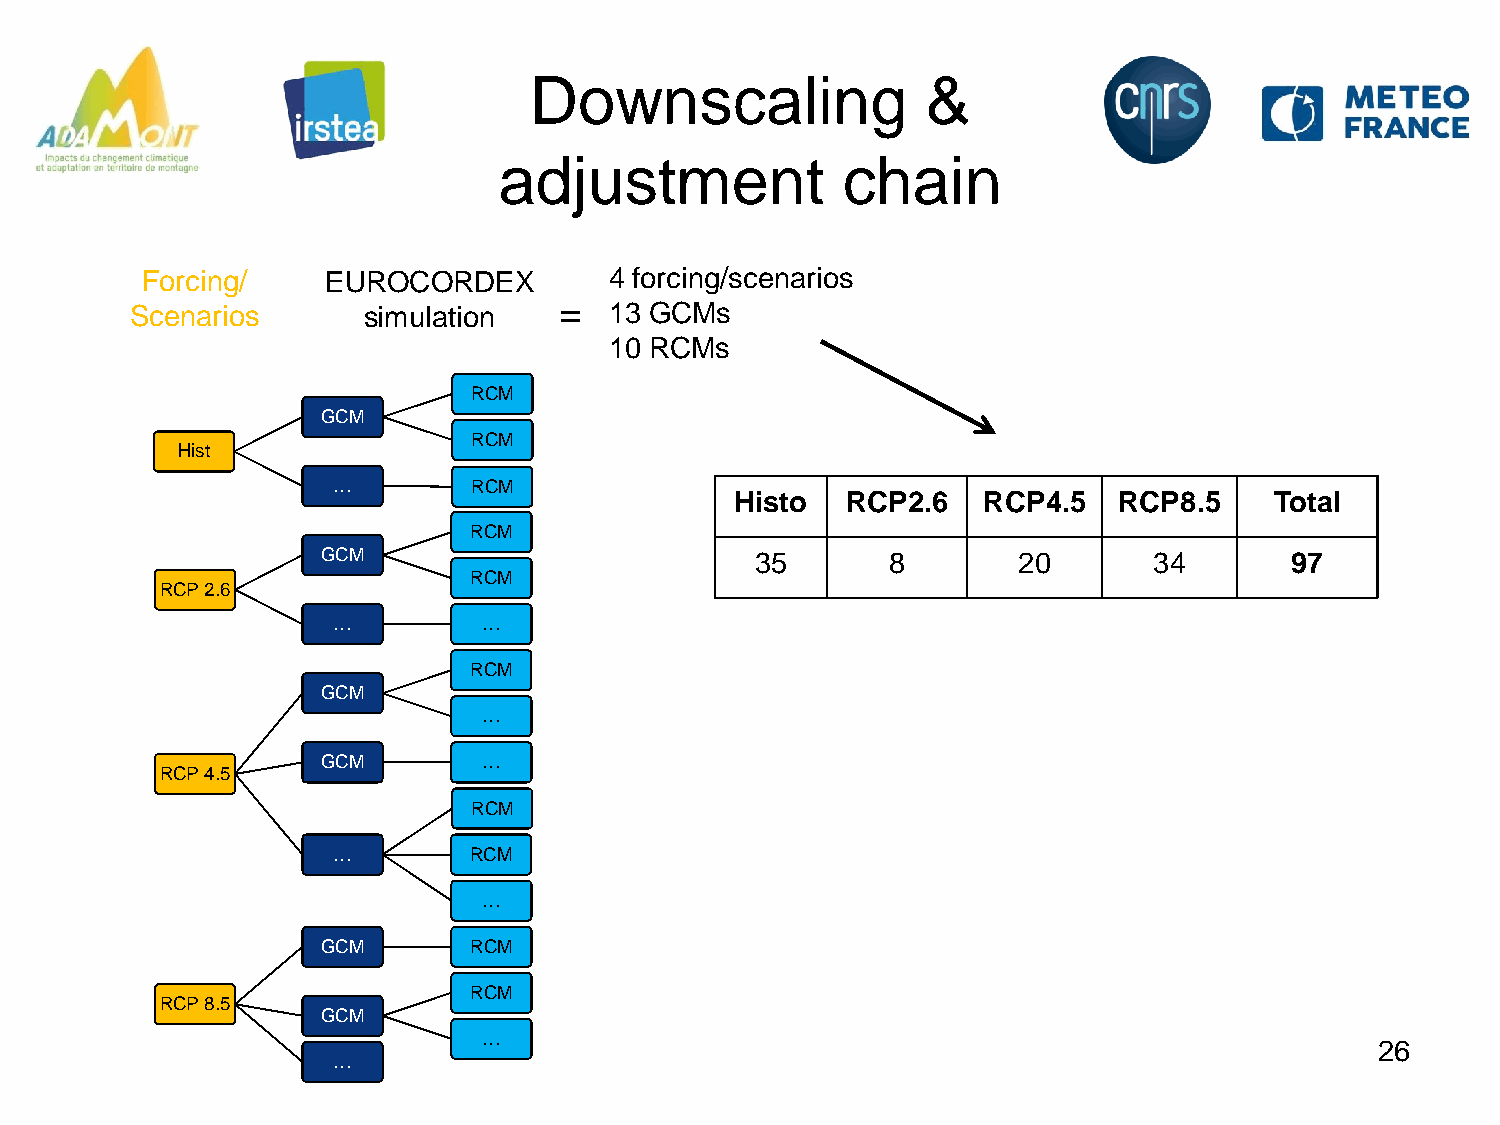
Downscaling               &
 adjustment             chain
 Forcing/     EUROCORDEX        4 forcing/scenarios
 Scenarios      simulation   =  13 GCMs
 10 RCMs
 RCM
 GCM
 RCM
 Hist
 …        RCM
 Histo  RCP2.6   RCP4.5   RCP8.5    Total
 RCM
 GCM                          35       8       20       34       97
 RCM
 RCP 2.6
 …         …
 RCM
 GCM
 …
 GCM        …
 RCP 4.5
 RCM
 …        RCM
 …
 GCM       RCM
 RCM
 RCP 8.5
 GCM
 …
 26
 …